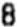
8